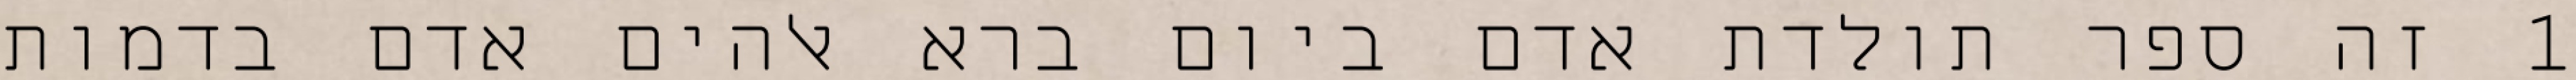
1 זה ספר תולדת אדם ביום ברא אלהים אדם בדמות